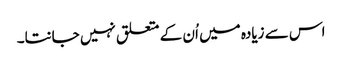
اس سے زیادہ میں اُن کے متعلق نہیں جانتا۔